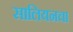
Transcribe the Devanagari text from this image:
सालियनचा